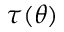
\tau ( \theta )